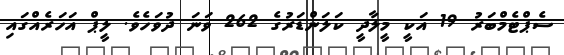
ސެޕްޓެމްބަރު 19 އަކީ މީލާދީ ކަލަންޑަރުގެ 262 ވަނަ ދުވަހެވެ. ލީޕް އަހަރެއްގައި